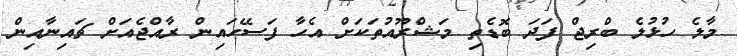
މާލެ ހުޅުލެ ބްރިޖް ފަދަ ބޮޑެތި މަޝްރޫއުތަކަށް އެހާ ފަސޭހައިން ރާއްޖެއަށް ޗައިނާއިން